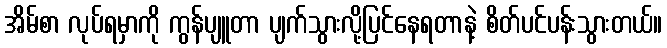
အိမ်စာ လုပ်ရမှာကို ကွန်ပျူတာ ပျက်သွားလို့ပြင်နေရတာနဲ့ စိတ်ပင်ပန်းသွားတယ်။